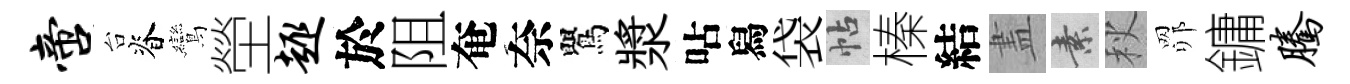
啻台脊鸞塋趣於阻奄奈鸎漿呫舄袋帖榛結𥁞素秋𦊑鏞腾